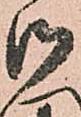
御